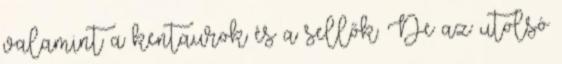
valamint a kentaurok és a sellők. De az utolsó